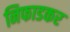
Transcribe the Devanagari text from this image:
निफाडकर